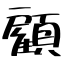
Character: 顧